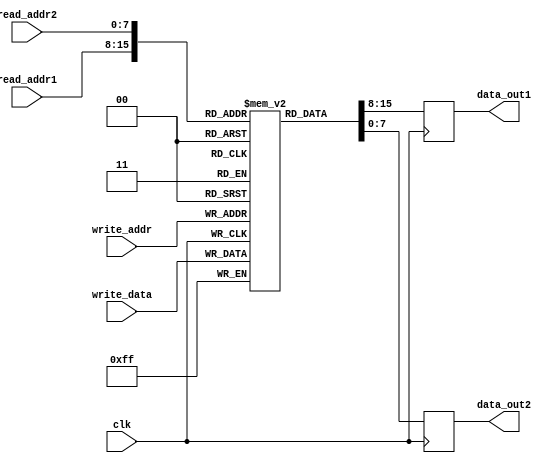
module Multiport_Register_File (
    input wire clk,
    input wire [7:0] write_addr,
    input wire [7:0] read_addr1,
    input wire [7:0] read_addr2,
    input wire [7:0] write_data,
    output reg [7:0] data_out1,
    output reg [7:0] data_out2
);

reg [7:0] memory [0:255]; // Memory blocks for register file

always @(posedge clk) begin
    // Write operation
    memory[write_addr] <= write_data;
    
    // Read operations
    data_out1 <= memory[read_addr1];
    data_out2 <= memory[read_addr2];
end

endmodule